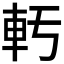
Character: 𫏲